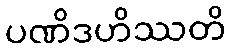
ပဏိဒဟိဿတိ